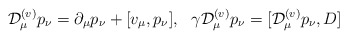
\begin{align*}{\cal D}^{(v)}_{\mu}p_{\nu} =\partial_{\mu}p_{\nu}+[v_{\mu},p_{\nu}], \ \ \gamma{\cal D}^{(v)}_{\mu}p_{\nu} =[{\cal D}^{(v)}_{\mu}p_{\nu},D]\end{align*}